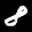
Label: 8